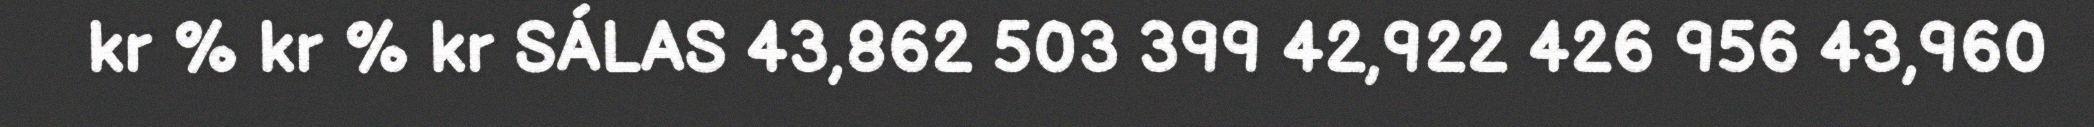
kr % kr % kr SÁLAS 43,862 503 399 42,922 426 956 43,960